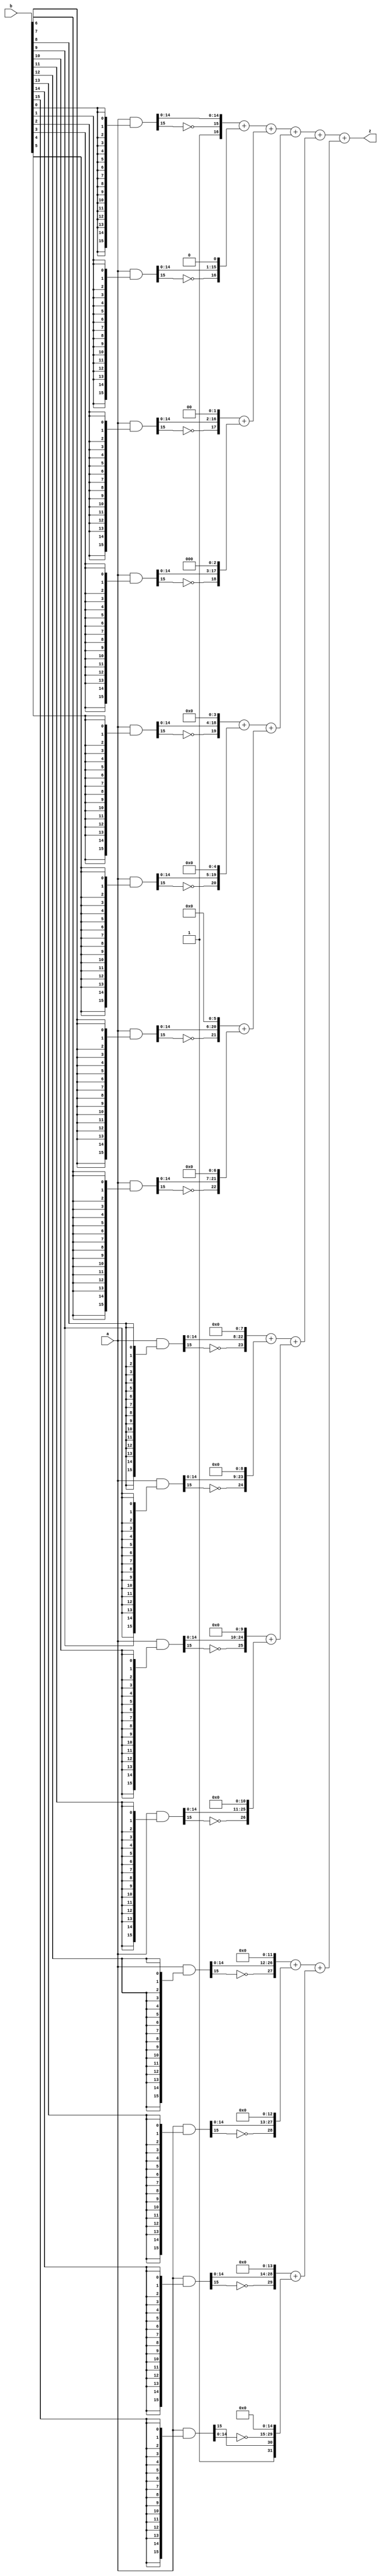
module mul_signed (a,b,z);                          // 8x8 signed multiplier
    input   [15:0] a, b;                             // a, b
    output [31:0] z;                                // z = a * b
    wire    [15:0] ab0 = a & {16{b[0]}};              // a or 0 for b[0]
    wire    [15:0] ab1 = a & {16{b[1]}};              // a or 0 for b[1]
    wire    [15:0] ab2 = a & {16{b[2]}};              // a or 0 for b[2]
    wire    [15:0] ab3 = a & {16{b[3]}};              // a or 0 for b[3]
    wire    [15:0] ab4 = a & {16{b[4]}};              // a or 0 for b[4]
    wire    [15:0] ab5 = a & {16{b[5]}};              // a or 0 for b[5]
    wire    [15:0] ab6 = a & {16{b[6]}};              // a or 0 for b[6]
    wire    [15:0] ab7 = a & {16{b[7]}};              // a or 0 for b[7]
    
	 wire    [15:0]  ab8 = a & {16{b[8]}};              // a or 0 for b[0]
    wire    [15:0]  ab9 = a & {16{b[9]}};              // a or 0 for b[1]
    wire    [15:0] ab10 = a & {16{b[10]}};              // a or 0 for b[2]
    wire    [15:0] ab11 = a & {16{b[11]}};              // a or 0 for b[3]
    wire    [15:0] ab12 = a & {16{b[12]}};              // a or 0 for b[4]
    wire    [15:0] ab13 = a & {16{b[13]}};              // a or 0 for b[5]
    wire    [15:0] ab14 = a & {16{b[14]}};              // a or 0 for b[6]
    wire    [15:0] ab15 = a & {16{b[15]}};              // a or 0 for b[7]
    
	 
	 
	 assign z = (({16'b1,~ab0[15], ab0[14:0]}        +  // << 0, + 1 in bit 16
                 {15'b0,~ab1[15], ab1[14:0],1'b0})  +  // << 1
                ({14'b0,~ab2[15], ab2[14:0],2'b0}   +  // << 2
                 {13'b0,~ab3[15], ab3[14:0],3'b0})) +  // << 3
               
					(({12'b0,~ab4[15], ab4[14:0],4'b0}   +  // << 4
                 {11'b0,~ab5[15], ab5[14:0],5'b0})  +  // << 5
                ({10'b0,~ab6[15], ab6[14:0],6'b0}   +  // << 6
                 { 9'b0,~ab7[15], ab7[14:0],7'b0})) +  // << 7
               
					(({ 8'b0,~ab8[15], ab8[14:0],8'b0}   +  // << 8
                 { 7'b0,~ab9[15], ab9[14:0],9'b0})  +  // << 9
                ({ 6'b0,~ab10[15],ab10[14:0],10'b0}   +  // << 10
                 { 5'b0,~ab11[15], ab11[14:0],11'b0})) +  // << 11
					
					(({ 4'b0,~ab12[15], ab12[14:0],12'b0}   +  // << 12
                 { 3'b0,~ab13[15], ab13[14:0],13'b0})  +  // << 13
                ({ 2'b0,~ab14[15], ab14[14:0],14'b0}   +  // << 14
                 { 1'b1, ab15[15], ~ab15[14:0],15'b0}));  // << 15 + 1 in bit 31

endmodule